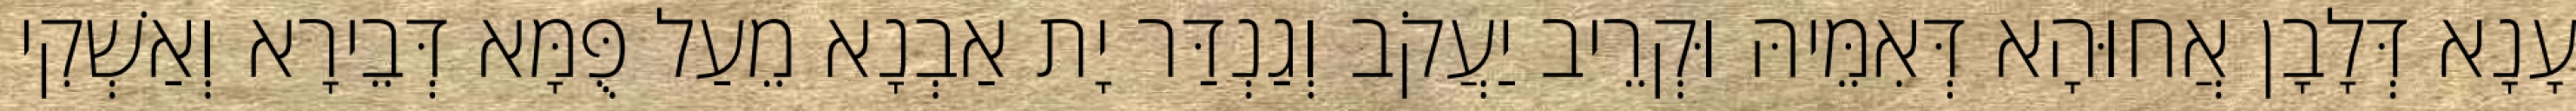
עָנָא דְּלָבָן אֲחוּהָא דְּאִמֵּיהּ וּקְרֵיב יַעֲקֹב וְגַנְדַּר יָת אַבְנָא מֵעַל פֻּמָּא דְּבֵירָא וְאַשְׁקִי